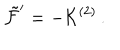
{ \tilde { \cal F } } ^ { \prime } = - { \cal K } ^ { ( 2 ) } \, .